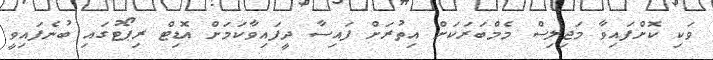
ވަކި ކޮށްފައިވާ މަޖިލިސް މެމްބަރަކަށް އިތުރަށް ފައިސާ ދީފައިވާކަމަށް އޮޑިޓް ރިޕޯޓުގައި ބުނެފައިވީ